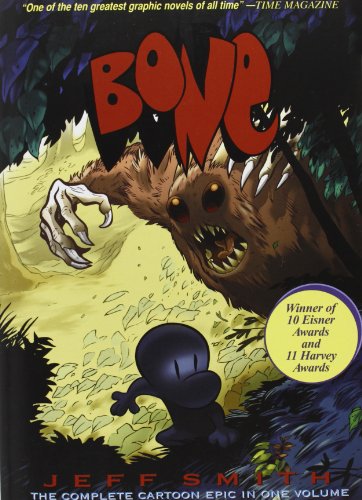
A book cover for Bone: The Complete Cartoon Epic in One Volume; Jeff Smith; Comics & Graphic Novels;